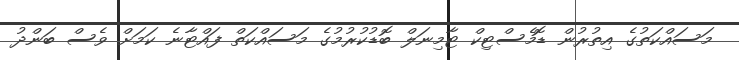
މަސައްކަތުގެ އިތުރުން ޑޮމެސްޓިކް ޓާމިނަލް ބޮޑުކުރުމުގެ މަސައްކަތް ފައްޓާނެ ކަމަށް ވެސް ބަންދު